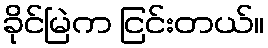
ခိုင်မြဲက ငြင်းတယ်။